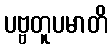
ပဗ္ဗတူပမာတိ